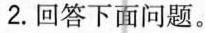
2.回答下面问题。